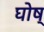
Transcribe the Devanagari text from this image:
घोष्